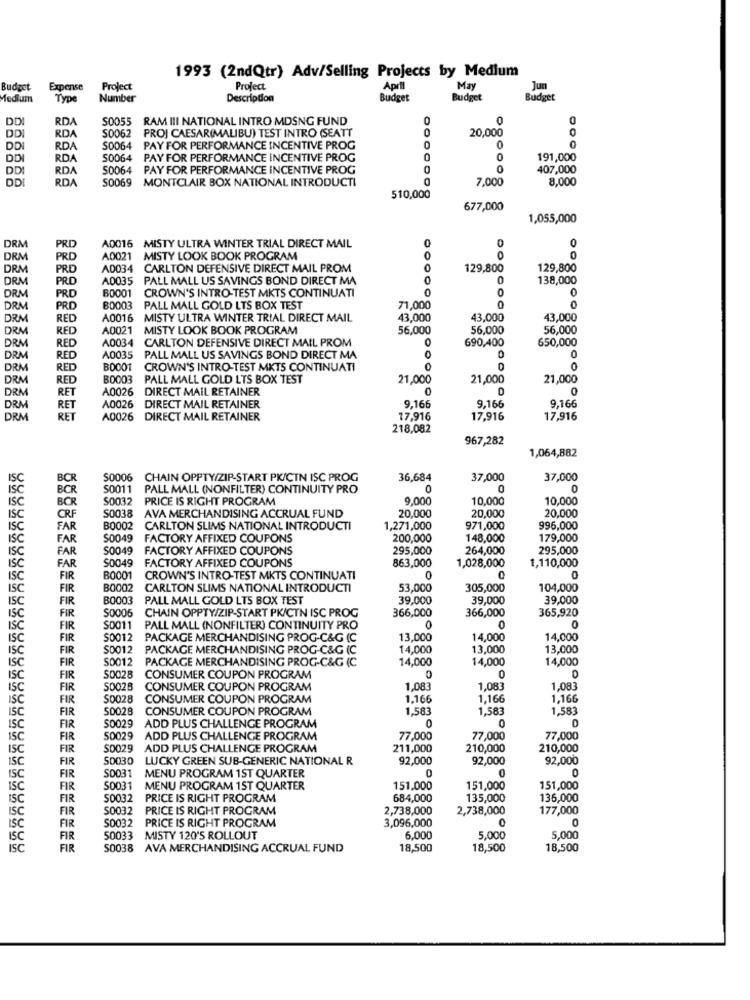
1993 (2ndQtr) Adv/Selling Projects by Medlum
Budget
Expense
Project
Project
April
May
Jun
Medium
Type
Number
Description
Budget
Budget
Budget
DDI
RDA
S0055 RAM III NATIONAL INTRO MDSNG FUND
0
0
DD
RDA
S0062
PROJ CAESAR(MALIBU) TEST INTRO (SEATT
20,000
0
DD
RDA
S0064
PAY FOR PERFORMANCE INCENTIVE PROG
DD
RDA
50064
PAY FOR PERFORMANCE INCENTIVE PROG
0
0
191,000
DDI
RDA
50064 PAY FOR PERFORMANCE INCENTIVE PROG
0
407,000
ODI
RDA
S0069 MONTCLAIR BOX NATIONAL INTRODUCTI
7,000
8,000
510,000
677,000
1,055,000
0
0
0
DRM
PRD
A0016 MISTY ULTRA WINTER TRIAL DIRECT MAIL
DRM
PRD
A0021 MISTY LOOK BOOK PROGRAM
0
0
0
DRM
PRD
A0034
CARLTON DEFENSIVE DIRECT MAIL PROM
129,800
129,800
DRM
PRO
A0035
PALL MALL US SAVINGS BOND DIRECT MA
0
0
138,000
DRM
0
0
PRD
B0001
CROWN'S INTRO-TEST MKTS CONTINUATI
DRM
PRD
B0003 PALL MALL GOLD LTS BOX TEST
71,000
0
DRM
RED
A0016 MISTY ULTRA WINTER TRIAL DIRECT MAIL
43.000
43,000
43,000
DRM
RED
A0021
MISTY LOOK BOOK PROGRAM
56,000
56,000
56,000
DRM
RED
A0034 CARLTON DEFENSIVE DIRECT MAIL PROM
0
690,400
0
650,000
DRM
RED
A0035 PALL MALL US SAVINGS BOND DIRECT MA
DRM
RED
B0001
CROWN'S INTRO-TEST MKTS CONTINUATI
DRM
RED
B0003 PALL MALL GOLD LTS BOX TEST
21,000
21,000
21,000
DRM
RET
A0026 DIRECT MAIL RETAINER
D
0
DRM
RET
A0026
DIRECT MAIL RETAINER
9,166
9,16€
9,16€
DRM
RET
A0026 DIRECT MAIL RETAINER
17,916
17,916
17,916
218,082
967,282
1,064,882
ISC
BCR
S0006 CHAIN OPPTY/ZIP-START PK/CIN ISC PROG
36,684
37,000
37,000
ISC
S0011 PALL MALL (NONFILTER) CONTINUITY PRO
O
S0032
PRICE IS RIGHT PROGRAM
9.000
10,000
10,000
ISC
20,000
20,000
ISC
CRF
S0038
AVA MERCHANDISING ACCRUAL FUND
20,000
ISC
FAR
B0002
CARLTON SLIMS NATIONAL INTRODUCTI
1,271,000
971,000
996,000
ISC
FAR
S0049
FACTORY AFFIXED COUPONS
200,000
148,000
179,000
FAR
S0049
FACTORY AFFIXED COUPONS
295,000
264,000
295,000
ISC
S0049
FACTORY AFFIXED COUPONS
ISC
FAR
863,000
1,028,000
1,110,000
ISC
FIR
B0001
CROWN'S INTRO-TEST MKTS CONTINUATI
0
isC
FIR
B0002
CARLTON SLIMS NATIONAL INTRODUCTI
53,000
305,000
104,000
ISC
FIR
B0003 PALL MALL GOLD LTS BOX TEST
39,000
39,000
39,000
366,000
365,920
ISC
FIR
S0006 CHAIN OPPTY/ZIP-START PK/CTN ISC PROG
366,000
ISC
FIR
S0011
PALL MALL (NONFILTER) CONTINUITY PRO
0
0
0
ISC
FIR
S0012 PACKAGE MERCHANDISING PROG-C&G (C
13,000
14,000
14,000
ISC
FIR
S0012
PACKAGE MERCHANDISING PROG-C&G (C
14,000
13,000
13,000
FIR
S0012 PACKAGE MERCHANDISING PROG-C&G (C
14,000
14,000
14,000
ISC
888
ISC
FIR
S0028
CONSUMER COUPON PROGRAM
0
0
ISC
FIR
S0028 CONSUMER COUPON PROGRAM
1.083
1,083
1,083
ISC
FIR
S0028
CONSUMER COUPON PROGRAM
1.166
1,166
1,16
ISC
FIR
50028
CONSUMER COUPON PROGRAM
1,583
1,583
1,58
S0029
0
0
ISC
FIR
ADD PLUS CHALLENGE PROGRAM
FIR
50029
ADD PLUS CHALLENGE PROGRAM
77,000
77,000
77,000
ISC
FIR
50029 ADD PLUS CHALLENGE PROGRAM
211,000
210,000
210,000
FIR
50030
LUCKY GREEN SUB-GENERIC NATIONAL R
92,000
92,000
92,000
FIR
S0031
MENU PROGRAM 1ST QUARTER
ISC
FIR
S0031
MENU PROGRAM 1ST QUARTER
151,000
151,000
151,000
ISC
FIR
50032
PRICE IS RIGHT PROGRAM
684,000
135,000
136,000
ISC
FIR
50032 PRICE IS RIGHT PROGRAM
2,738,000
2,738,000
177,000
50032 PRICE IS RIGHT PROGRAM
0
FIR
3,096,000
FIR
50033 MISTY 120'S ROLLOUT
6,000
5,000
5,000
ISC
FIR
S0038 AVA MERCHANDISING ACCRUAL FUND
18,500
18,500
18,500